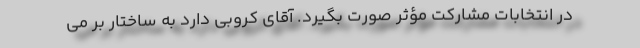
در انتخابات مشارکت مؤثر صورت بگیرد. آقای کروبی دارد به ساختار بر می